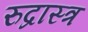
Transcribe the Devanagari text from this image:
रुद्रास्त्र